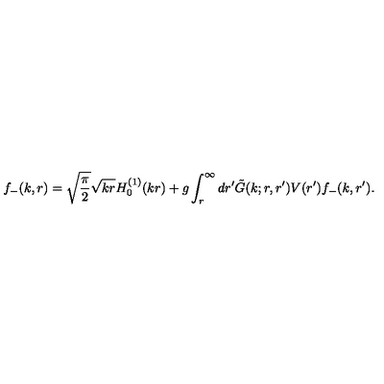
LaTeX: f _ { - } ( k , r ) = \sqrt { { \displaystyle { \frac { \pi } { 2 } } } } \sqrt { k r } H _ { 0 } ^ { ( 1 ) } ( k r ) + g \int _ { r } ^ { \infty } d r ^ { \prime } \tilde { G } ( k ; r , r ^ { \prime } ) V ( r ^ { \prime } ) f _ { - } ( k , r ^ { \prime } ) .